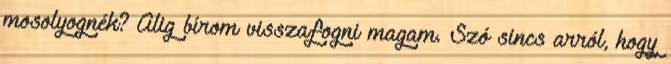
mosolyognék? Alig bírom visszafogni magam. Szó sincs arról, hogy